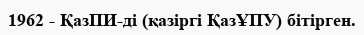
1962 - ҚазПИ-ді (қазіргі ҚазҰПУ) бітірген.